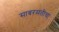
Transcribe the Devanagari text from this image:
साबरमतीचा